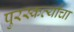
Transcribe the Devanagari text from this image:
पुरस्कर्त्यांचा